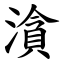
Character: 㵅